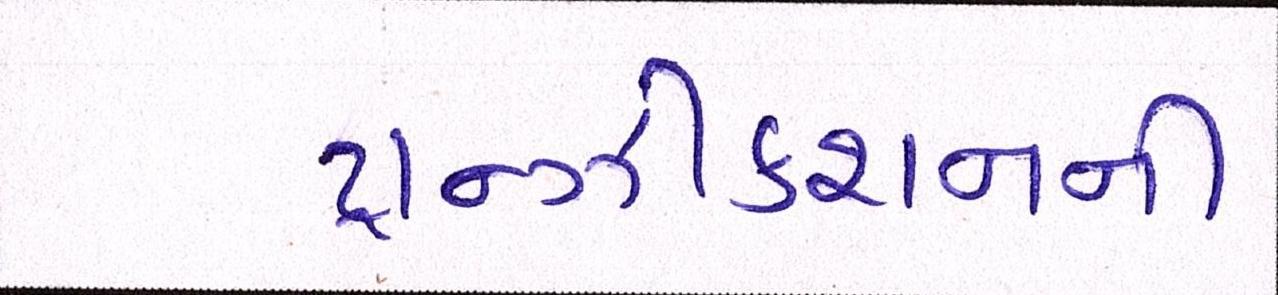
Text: ટ્રાન્ઝીકશનની